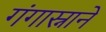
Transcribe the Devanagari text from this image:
गंगास्नानें